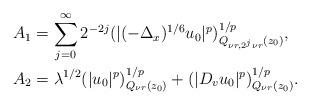
LaTeX: \begin{align*} & A_1 = \sum_{j = 0}^{\infty} 2^{-2j} (|(-\Delta_x)^{1/6} u_0|^p)^{1/p}_{ Q_{\nu r, 2^j \nu r} (z_0)}, \\ & A_2 = \lambda^{1/2} (|u_0|^p)^{1/p}_{ Q_{\nu r} (z_0) } + (|D_v u_0|^p)^{1/p}_{ Q_{\nu r} (z_0) }. \end{align*}